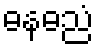
ဓနဓညံ